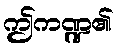
ဤကဏ္ဍ၏